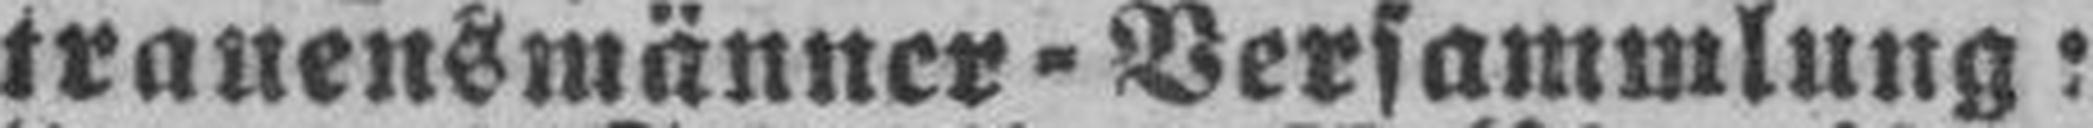
trauensmänner-Versammlung: